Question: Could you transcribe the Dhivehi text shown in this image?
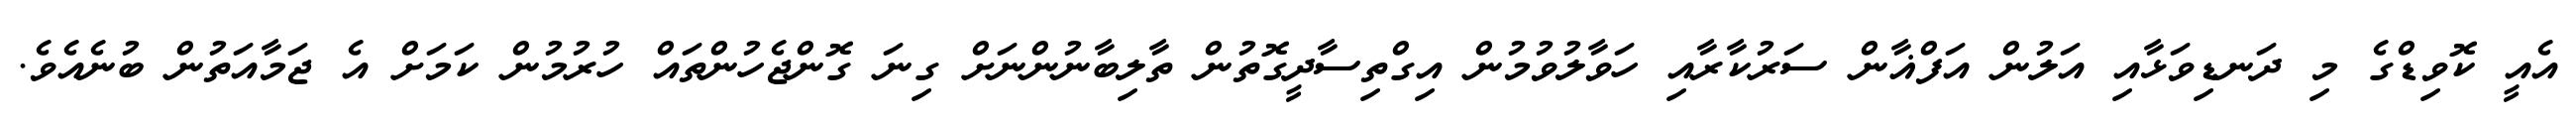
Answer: އެއީ ކޮވިޑްގެ މި ދަނޑިވަޅާއި އަލުން އަފްޣާން ސަރުކާރާއި ހަވާލުވުމުން އިގްތިސާދީގޮތުން ތާލިބާނުންނަށް ގިނަ ގޮންޖެހުންތައް ހުރުމުން ކަމަށް އެ ޖަމާއަތުން ބުނެއެވެ.